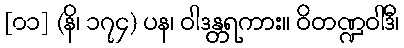
[၀၁] (နိ၊ ၁၇၄) ပန၊ ဝါဒန္တရကား။ ဝိတဏ္ဍဝါဒီ၊